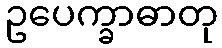
ဥပေက္ခာဓာတု